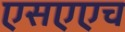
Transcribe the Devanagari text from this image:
एसएएच